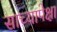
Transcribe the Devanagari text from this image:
साच्यापेक्षा